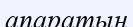
апаратын